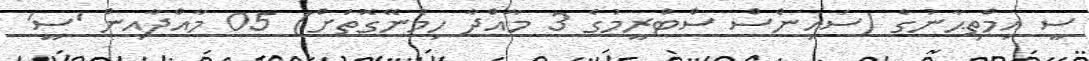
ސީ އިމްތިޙާނުގެ (ސައިންސް ސްޓްރީމުގެ 3 މާއްދާ ހިމެނޭގޮތަށް) 05 މާއްދާއިން 'ސީ'